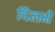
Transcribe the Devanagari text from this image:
दिलमे